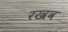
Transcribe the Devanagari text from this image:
रखव